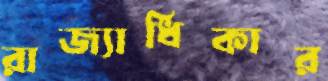
রাজ্যাধিকার